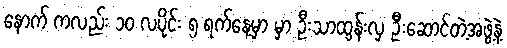
နောက် ကလည်း ၁ဝ လပိုင်း ၅ ရက်နေ့မှာ မှာ ဦးသာထွန်းလှ ဦးဆောင်တဲ့အဖွဲ့နဲ့